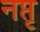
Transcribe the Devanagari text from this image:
नप्तृ